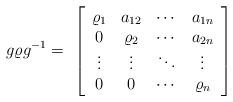
LaTeX: \begin{align*}g\varrho g^{-1}=\ \left[\begin{array}{cccc}\varrho_1& a_{12} & \cdots & a_{1 n} \\0 & \varrho_2 & \cdots & a_{2 n} \\\vdots & \vdots & \ddots & \vdots \\0 & 0 & \cdots & \varrho_n\end{array}\right] \end{align*}